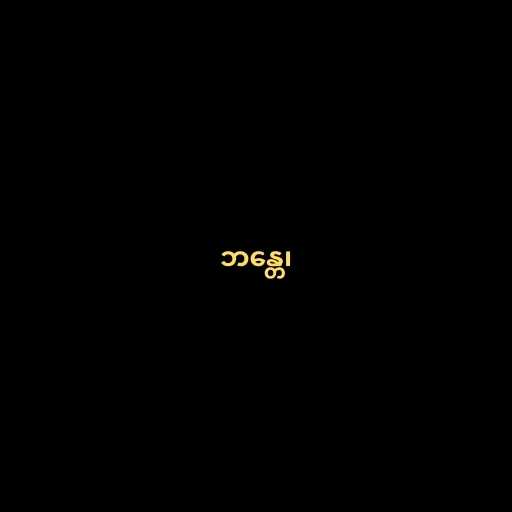
ဘန္တေ၊